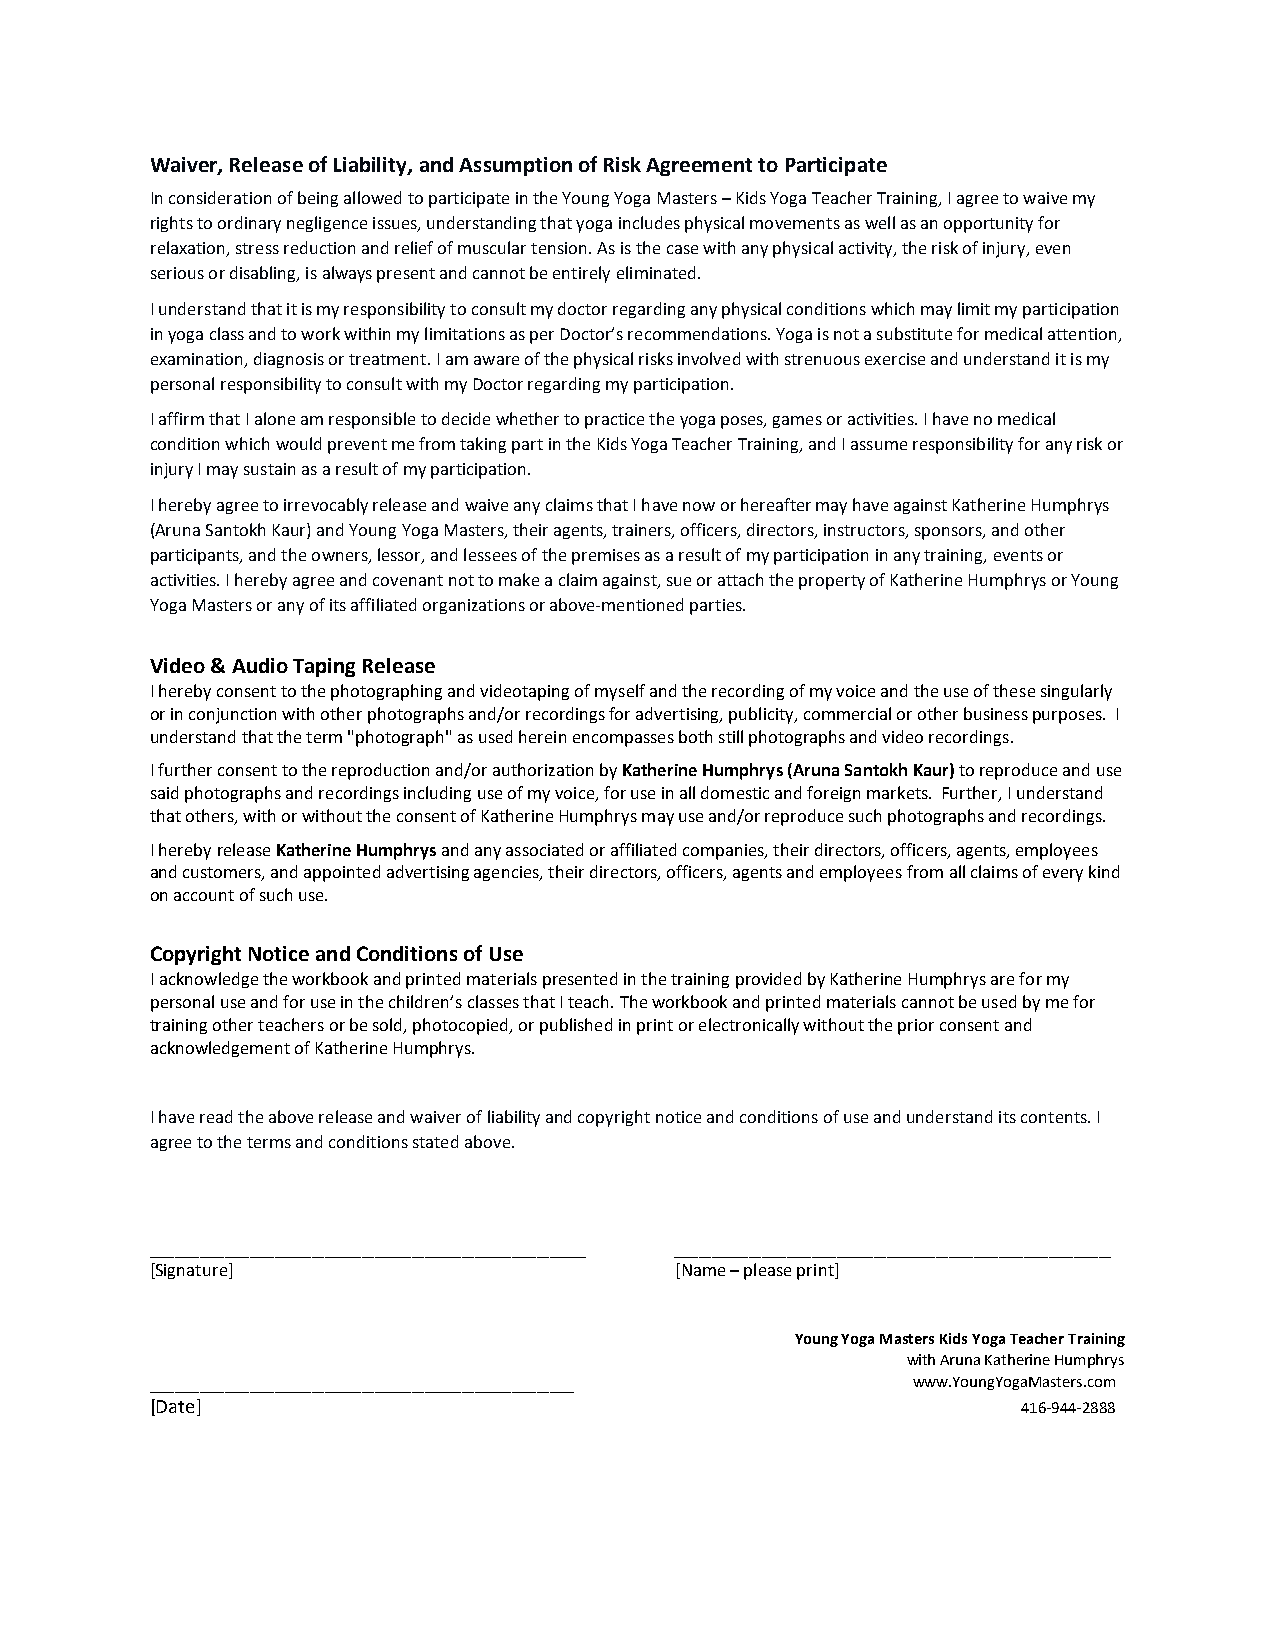
Waiver, Release of Liability, and Assumption of Risk Agreement to Participate
 In consideration of being allowed to participate in the Young Yoga Masters – Kids Yoga Teacher Training, I agree to waive my
 rights to ordinary negligence issues, understanding that yoga includes physical movements as well as an opportunity for
 relaxation, stress reduction and relief of muscular tension. As is the case with any physical activity, the risk of injury, even
 serious or disabling, is always present and cannot be entirely eliminated.
 I understand that it is my responsibility to consult my doctor regarding any physical conditions which may limit my participation
 in yoga class and to work within my limitations as per Doctor’s recommendations. Yoga is not a substitute for medical attention,
 examination, diagnosis or treatment. I am aware of the physical risks involved with strenuous exercise and understand it is my
 personal responsibility to consult with my Doctor regarding my participation.
 I affirm that I alone am responsible to decide whether to practice the yoga poses, games or activities. I have no medical
 condition which would prevent me from taking part in the Kids Yoga Teacher Training, and I assume responsibility for any risk or
 injury I may sustain as a result of my participation.
 I hereby agree to irrevocably release and waive any claims that I have now or hereafter may have against Katherine Humphrys
 (Aruna Santokh Kaur) and Young Yoga Masters, their agents, trainers, officers, directors, instructors, sponsors, and other
 participants, and the owners, lessor, and lessees of the premises as a result of my participation in any training, events or
 activities. I hereby agree and covenant not to make a claim against, sue or attach the property of Katherine Humphrys or Young
 Yoga Masters or any of its affiliated organizations or above-mentioned parties.
 Video & Audio Taping Release
 I hereby consent to the photographing and videotaping of myself and the recording of my voice and the use of these singularly
 or in conjunction with other photographs and/or recordings for advertising, publicity, commercial or other business purposes. I
 understand that the term "photograph" as used herein encompasses both still photographs and video recordings.
 I further consent to the reproduction and/or authorization by Katherine Humphrys (Aruna Santokh Kaur) to reproduce and use
 said photographs and recordings including use of my voice, for use in all domestic and foreign markets. Further, I understand
 that others, with or without the consent of Katherine Humphrys may use and/or reproduce such photographs and recordings.
 I hereby release Katherine Humphrys and any associated or affiliated companies, their directors, officers, agents, employees
 and customers, and appointed advertising agencies, their directors, officers, agents and employees from all claims of every kind
 on account of such use.
 Copyright Notice and Conditions of Use
 I acknowledge the workbook and printed materials presented in the training provided by Katherine Humphrys are for my
 personal use and for use in the children’s classes that I teach. The workbook and printed materials cannot be used by me for
 training other teachers or be sold, photocopied, or published in print or electronically without the prior consent and
 acknowledgement of Katherine Humphrys.
 I have read the above release and waiver of liability and copyright notice and conditions of use and understand its contents. I
 agree to the terms and conditions stated above.
 ___________________________________ ___________________________________
 [Signature]                        [Name – please print]
 Young Yoga Masters Kids Yoga Teacher Training
 with Aruna Katherine Humphrys
 __________________________________                www.YoungYogaMasters.com
 [Date]                                                    416-944-2888